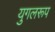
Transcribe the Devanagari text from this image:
युगलरूप